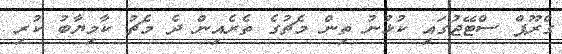
ގްރޫޕް ސްޓޭޖުގައި ކުޅުނު ތިން މެޗުގެ ތެރެއިން ދެ މެޗު ކާމިޔާބު ކުރި